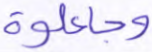
وجاعلوه